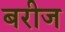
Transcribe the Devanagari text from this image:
बरीज